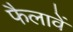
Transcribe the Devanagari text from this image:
फैलावें